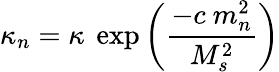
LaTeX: \kappa_{n}=\kappa~\exp\left(\frac{-c~m_{n}^{2}}{M_{s}^{2}}\right)